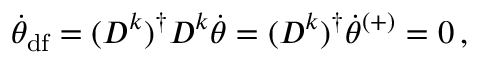
\begin{array} { r } { \Dot { \theta } _ { \mathrm { d f } } = ( D ^ { k } ) ^ { \dagger } D ^ { k } \Dot { \theta } = ( D ^ { k } ) ^ { \dagger } \Dot { \theta } ^ { ( + ) } = 0 \, , } \end{array}